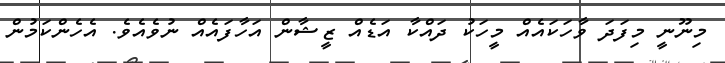
މިނޫނީ މިފަދަ ވާހަކައެއް މީހަކު ދައްކާ އަޑެއް ޒީޝާން އަހާފައެއް ނުވެއެވެ. އެހެންކަމުން